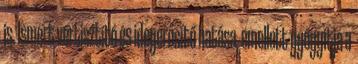
is. Ismert vértisztító és idegerősítő hatása, emellett gyógyítja a